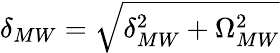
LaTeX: \delta_{MW}=\sqrt{\delta_{MW}^{2}+\Omega_{MW}^{2}}